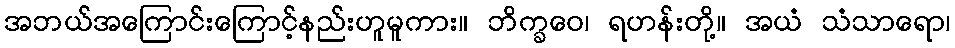
အဘယ်အကြောင်းကြောင့်နည်းဟူမူကား။ ဘိက္ခဝေ၊ ရဟန်းတို့။ အယံ သံသာရော၊